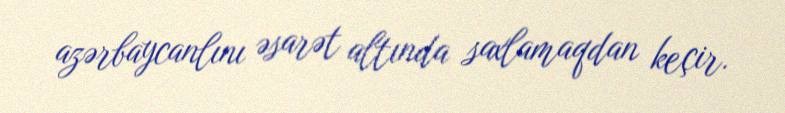
azərbaycanlını əsarət altında saxlamaqdan keçir.